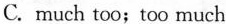
C.much too;too much